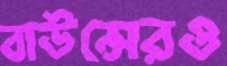
বাউন্সেরও